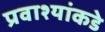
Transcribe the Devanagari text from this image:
प्रवाश्यांकडे